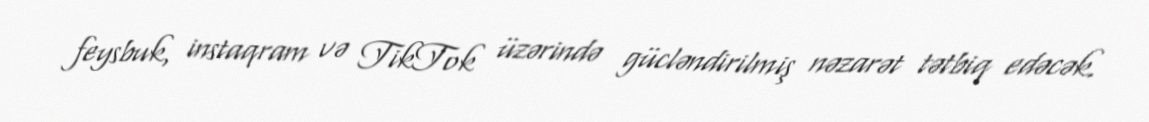
feysbuk, instaqram və TikTok üzərində gücləndirilmiş nəzarət tətbiq edəcək.